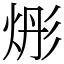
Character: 烿